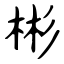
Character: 彬